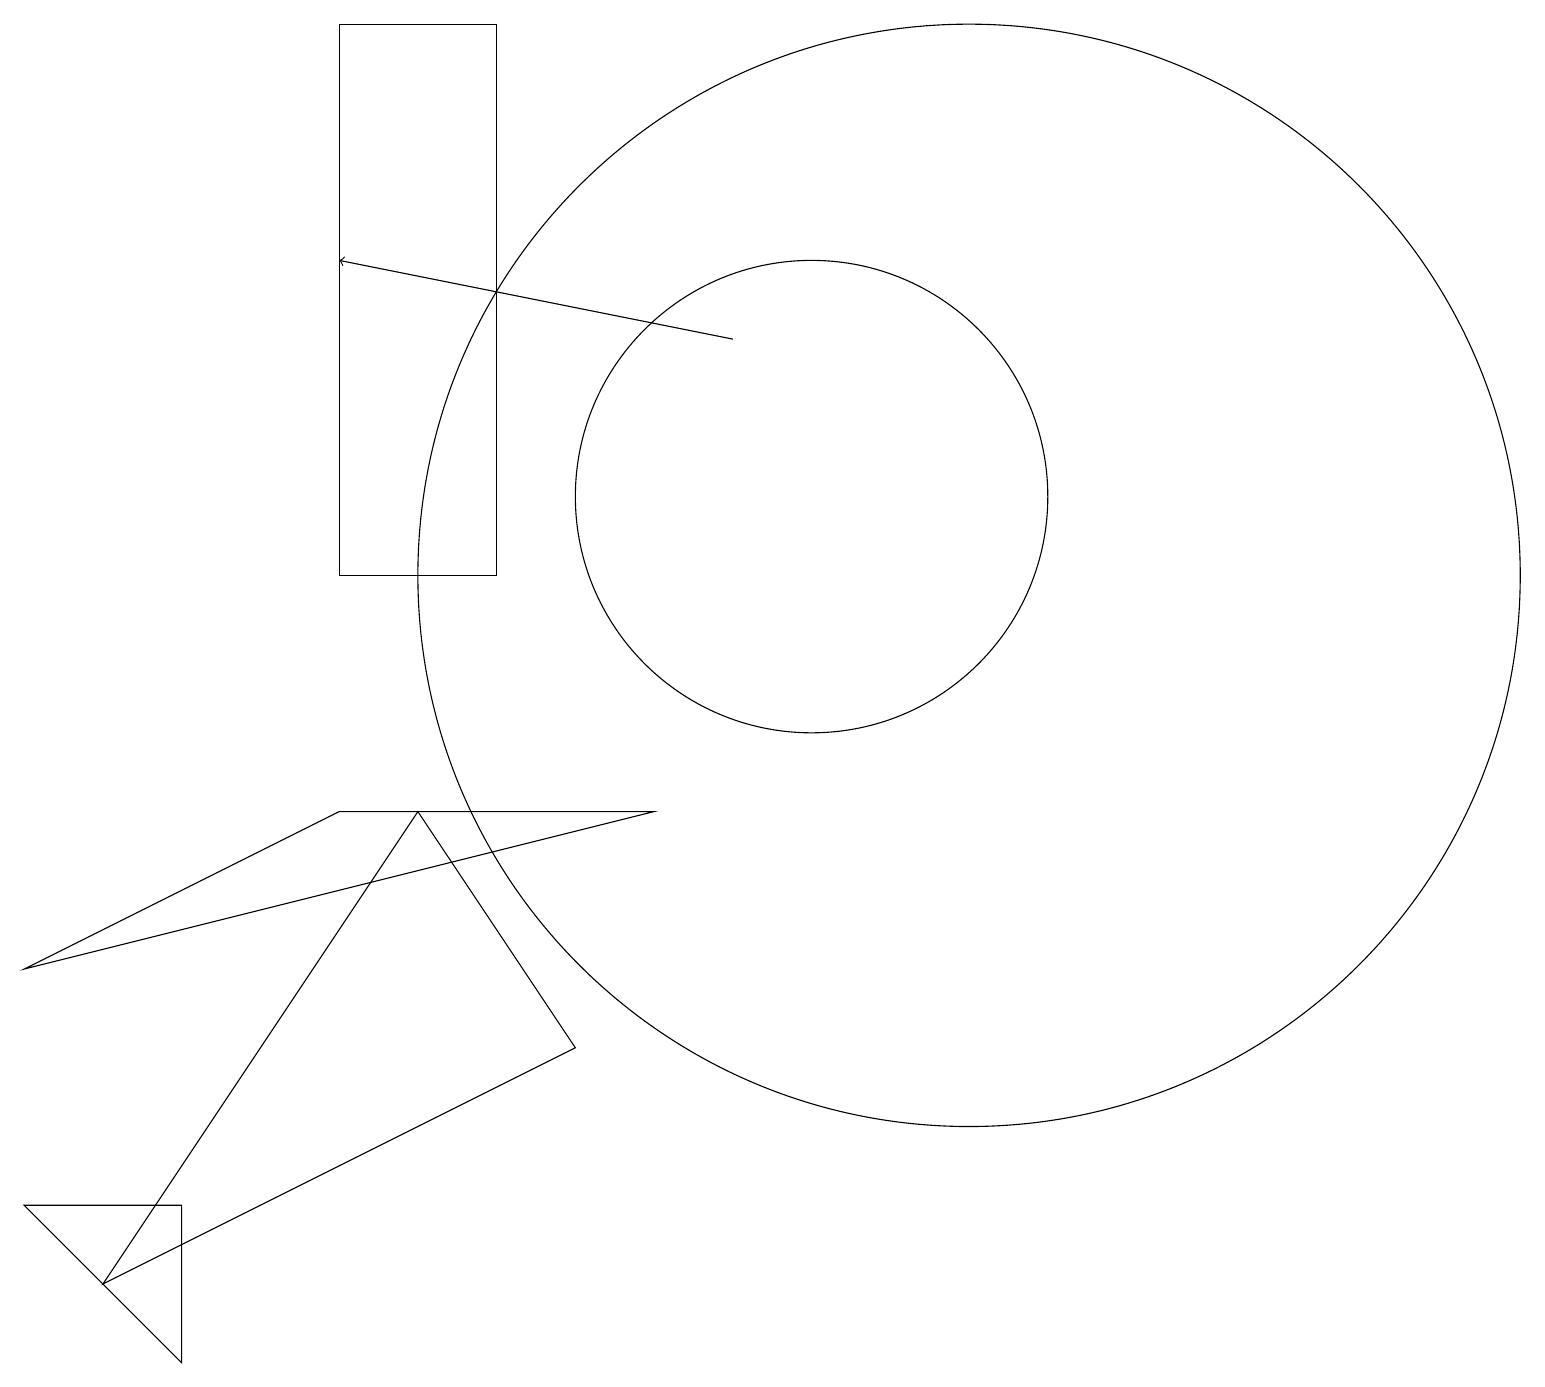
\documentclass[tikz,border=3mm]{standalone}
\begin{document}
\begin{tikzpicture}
\draw (12,10) circle (7);
\draw (6,17) rectangle (4,10);
\draw (1,1) -- (5,7) -- (7,4) -- cycle;
\draw (10,11) circle (3);
\draw[->] (9,13) -- (4,14);
\draw (8,7) -- (0,5) -- (4,7) -- cycle;
\draw (0,2) -- (2,0) -- (2,2) -- cycle;
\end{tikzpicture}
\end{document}